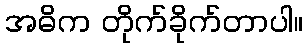
အဓိက တိုက်ခိုက်တာပါ။